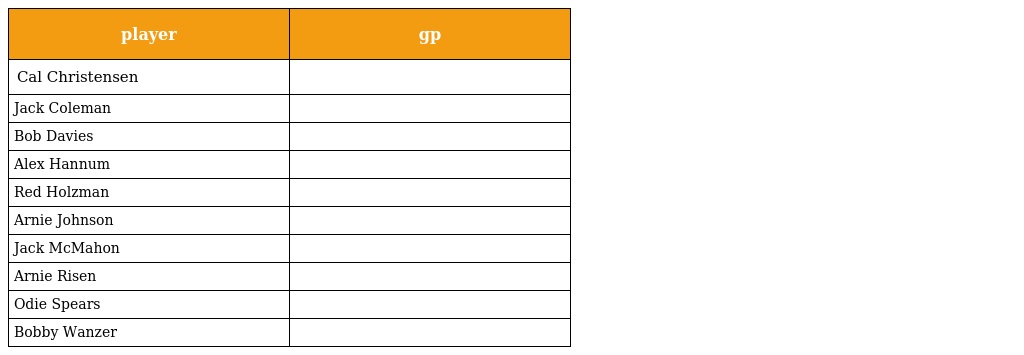
| player | gp |
 | --- | --- |
 | Cal Christensen |  |
 | Jack Coleman |  |
 | Bob Davies |  |
 | Alex Hannum |  |
 | Red Holzman |  |
 | Arnie Johnson |  |
 | Jack McMahon |  |
 | Arnie Risen |  |
 | Odie Spears |  |
 | Bobby Wanzer |  |